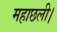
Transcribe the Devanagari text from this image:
महाछली।